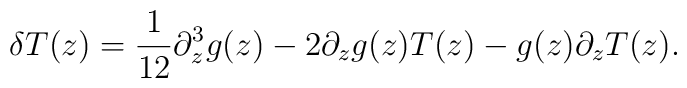
\delta T(z) = \frac{1}{12} \partial^3_z g(z) - 2 \partial_z g(z)T(z) - g(z) \partial_z T(z).